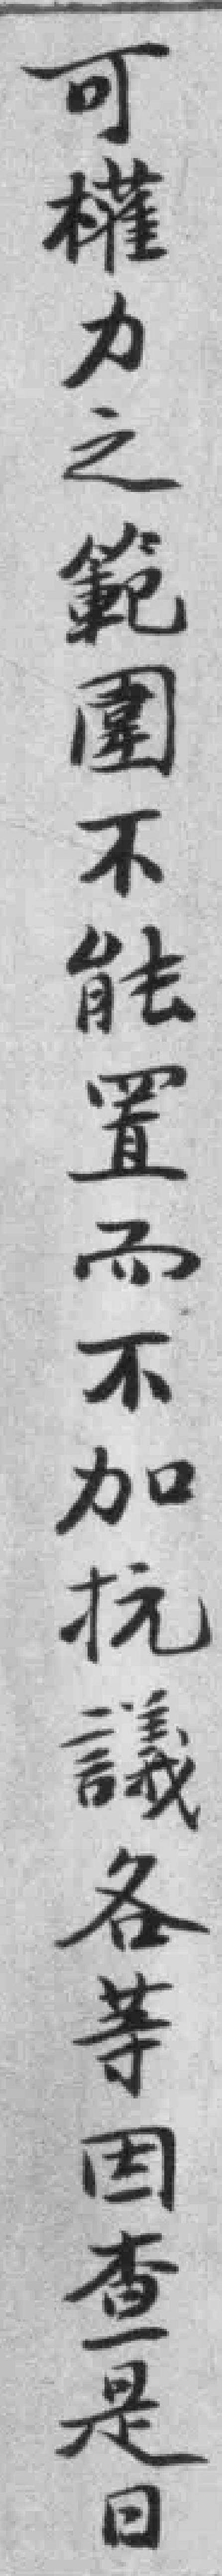
可權力之範圍不能置而不加抗議各等因查是日